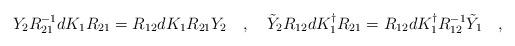
LaTeX: \begin{align*}Y_{2} R^{-1}_{21} dK_1 R_{21} = R_{12} d K_{1} R_{21} Y_{2}\quad, \quad\tilde{Y}_{2} R_{12} dK^{\dagger}_1 R_{21} = R_{12} dK^{\dagger}_{1} R^{-1}_{12} \tilde{Y}_{1} \quad ,\end{align*}